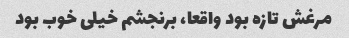
مرغش تازه بود واقعا، برنجشم خیلی خوب بود